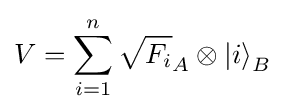
V=\sum _{i=1}^{n}{\sqrt {F_{i}}}_{A}\otimes {|i\rangle }_{B}